Kambja_algkool, lk 109
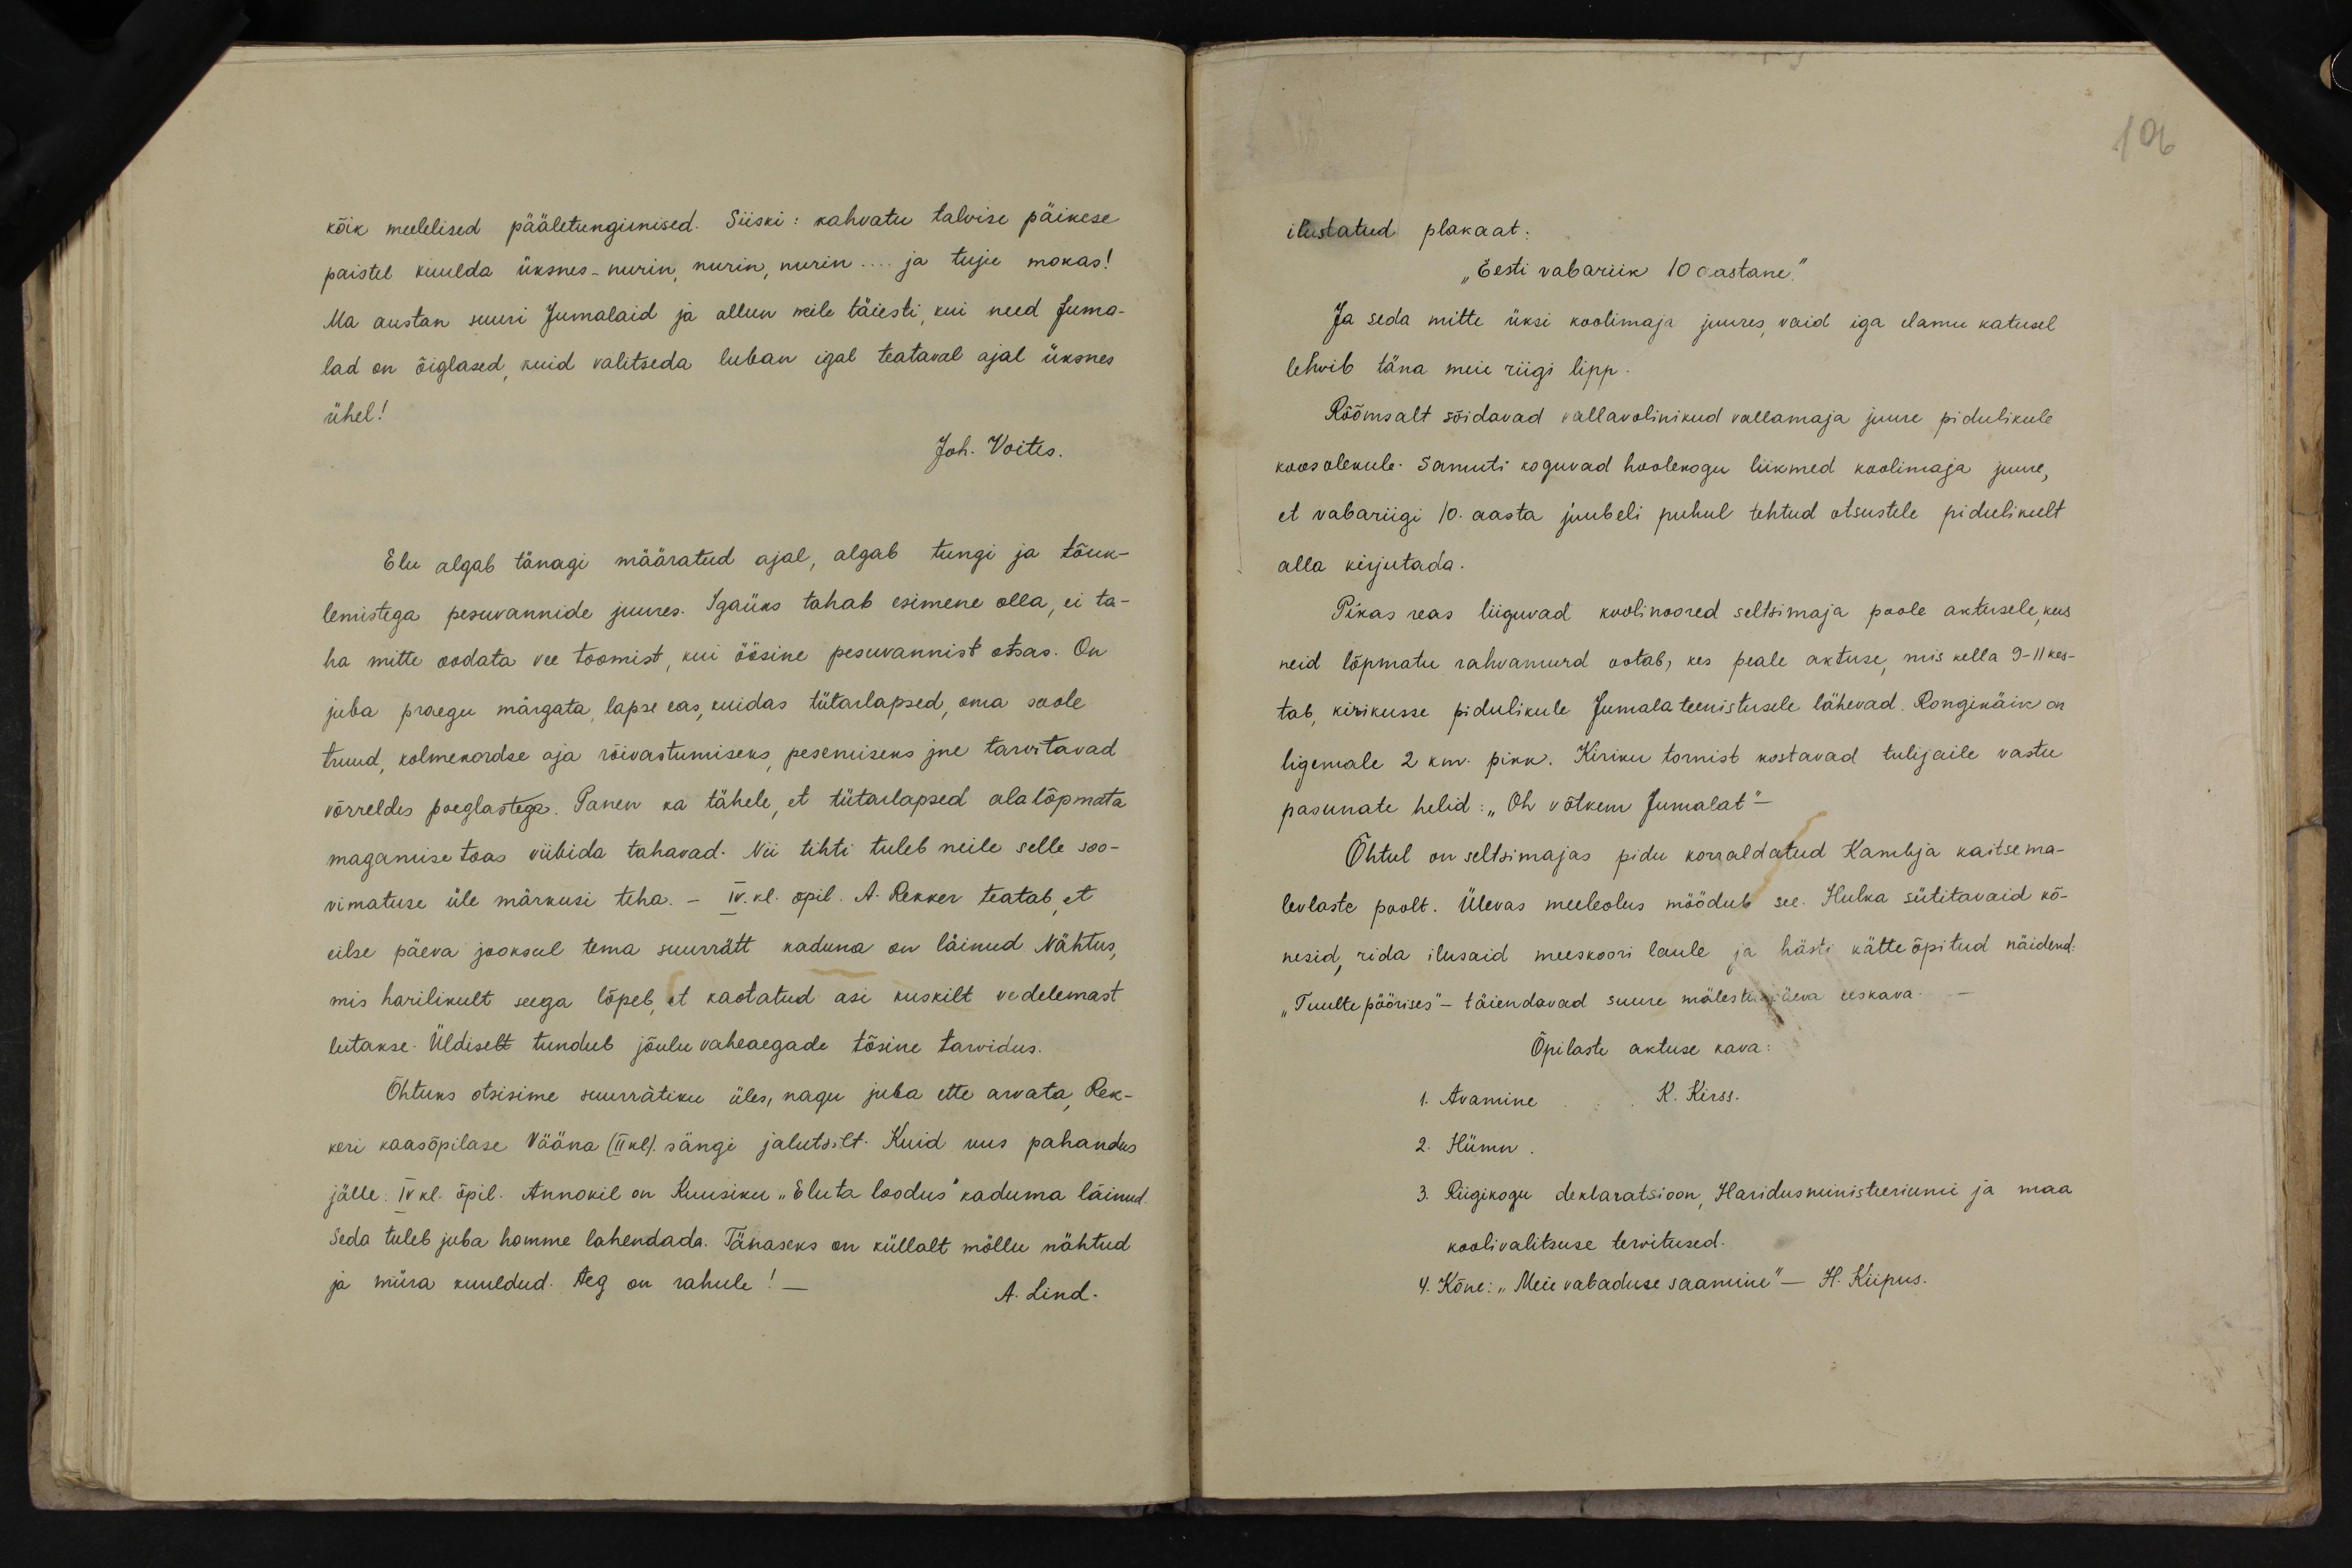
106

kõik meelelised pääletungimised. Siiski: kahvatu talvise päikese
paistel kuulda üksnes-nurin, nurin, nurin... ja tuju mokas!
Ma austan suuri Jumalaid ja allun neile täiesti, kui need Juma-
lad on õiglased, kuid valitseda luban igal teataval ajal üksnes
ühel!
Joh. Voites.
Elualgab tänagi määratud ajal, algab tungi ja tõuk-
lemistega pesuvannide juures. Igaüks tahab esimene olla, ei ta-
ha mitte oodata vee toomist, kui öösine pesuvannist otsas. On
juba praegu märgata, lapse eas, kuidas tütarlapsed, oma soole
truud kolmekordse aja rõivastumiseks, pesemiseks jne tarvitavad
võrreldes poeglastega. Panen ka tähele, et tütarlapsed alalõpmata
magamise toas viibida tahavad. Nii tihti tuleb neile selle soo-
vimatuse üle märkusi teha. - IV. kl. õpil. A. Rekker teatab, et
eilse päeva jooksul tema suurrätt kaduna on läinud Nähtus,
mis harilikult seega lõpeb, et kaotatud asi kuskilt vedelemast
leitakse. Üldiselt tundub jõuluvaheaegade tõsine tarvidus.
Õhtuks otsisime suurätiku üles, nagu juba ette arvata, Rek-
keri kaasõpilase Vääna (II kl.) sängi jalutsilt. Kuid uus pahandus
jälle: IV kl. õpil. Annokil on Kuusiku "Eluta loodus" kaduma läinud.
Seda tuleb juba homme lahendada. Tänaseks on küllalt mõllu nähtud
ja müra kuuldud. Aeg on rahule! -
A. Lind.

ilustatud plakaat.
"Eesti vabariik 10 aastane."
Ja seda mitte üksi koolimaja juures, vaid iga elamu katusel
lehvib täna meie riigi lipp.
Rõõmsalt sõidavad vallavolinikud vallamaja juure pidulikule
koosolekule. Samuti koguvad hoolekogu liikmed koolimaja juure,
et vabariigi 10. aasta juubeli puhul tehtud otsustele pidulikult
alla kirjutada.
Pikas reas liiguvad koolinoored seltsimaja poole aktusele, kus
neid lõpmatu rahvamurd ootab, kes peale aktuse, mis kella 9-11 kes-
tab, kirikusse pidulikule Jumala teenistusele lähevad. Rongikäik on
ligemale 2 km. pikk. Kiriku tornist kostavad tulijaile vastu
pasunate helid: "Oh võtkem Jumalat"-
Õhtul on seltsimajas pidu korraldatud Kambja kaitsema-
levlaste poolt. Ülevas meeleolus möödub see. Hulka sütitavaid kõ-
nesid, rida ilusaid meeskoori laule ja hästi kätteõpitud näidend:
"Tuultepöörises" - täiendavad suure mälestuspäeva eeskava-
Õpilaste aktuse kava:
1. Avamine ... K. Kirss.
2. Hümn.
3. Riigikogu deklaratsioon Haridusministeeriumi ja maa
koolivalitsuse tervitused.
4. Kõne: "Meie vabaduse saamine" - H. Kiipus.